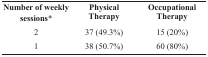
<table><thead><tr><td><b> Number of weekly sessions*</b></td><td><b> Physical Therapy</b></td><td><b> Occupational Therapy</b></td></tr></thead><tbody><tr><td>2</td><td>37 (49.3%)</td><td>15 (20%)</td></tr><tr><td>1</td><td>38 (50.7%)</td><td>60 (80%)</td></tr></tbody></table>